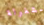
مشغولة